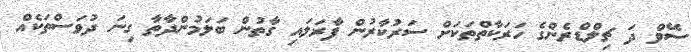
ސޭވް ދަ ޗިލްޑްރެންގެ ހަރަކާތްތަކަށް ސަރުކާރުން ފާރަލައި ގާތުން ބަލަމުންދާތާ ގިނަ ދުވަސްތަކެއް